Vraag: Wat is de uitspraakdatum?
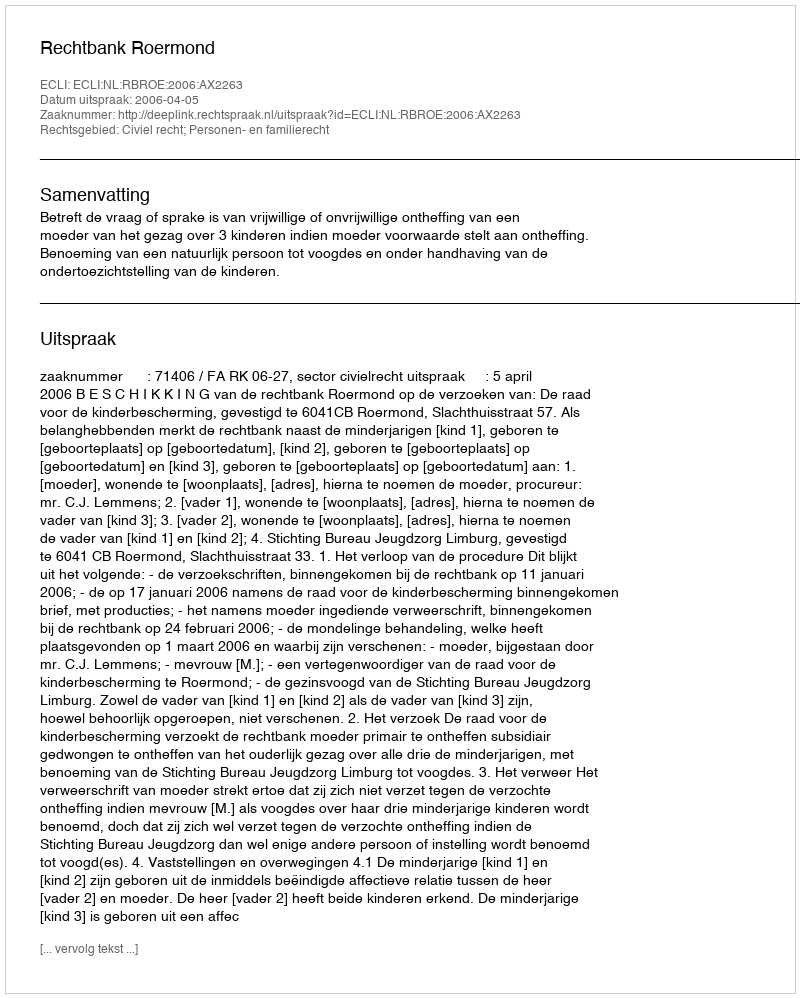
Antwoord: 2006-04-05